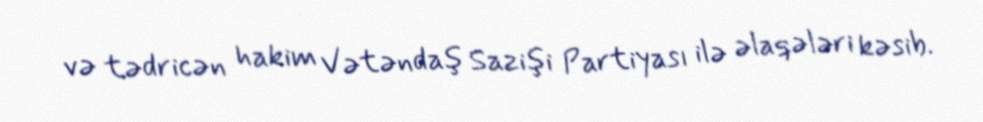
və tədricən hakim Vətəndaş Sazişi Partiyası ilə əlaqələri kəsib.